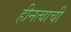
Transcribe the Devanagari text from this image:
हीनत्वाची